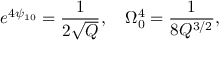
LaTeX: e ^ { 4 \psi _ { 1 0 } } = \frac { 1 } { 2 \sqrt { Q } } , ~ ~ ~ \Omega _ { 0 } ^ { 4 } = \frac { 1 } { 8 Q ^ { 3 / 2 } } ,